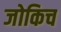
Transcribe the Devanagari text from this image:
जोकिच